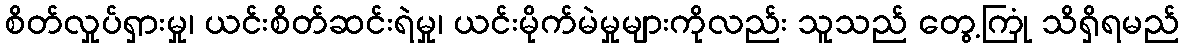
စိတ်လှုပ်ရှားမှု၊ ယင်းစိတ်ဆင်းရဲမှု၊ ယင်းမိုက်မဲမှုများကိုလည်း သူသည် တွေ့ကြုံ သိရှိရမည်